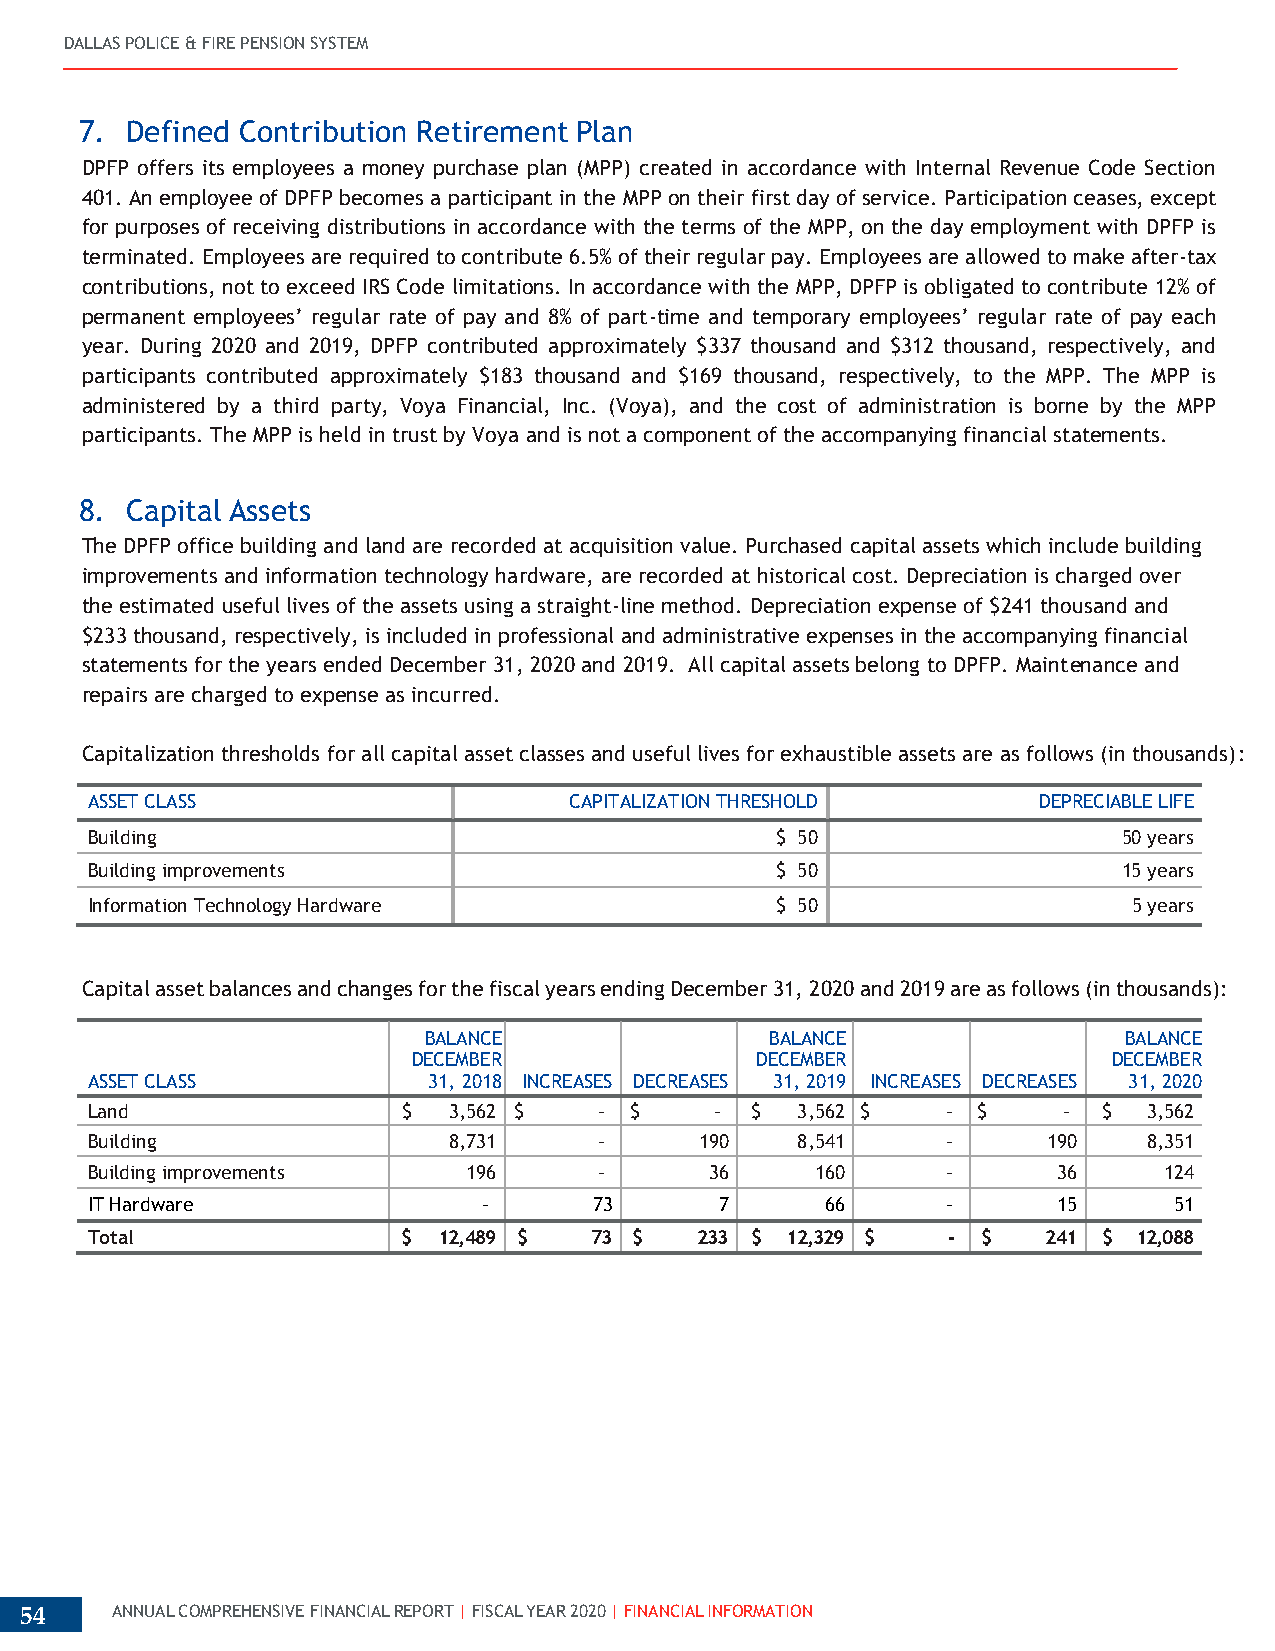
DALLAS POLICE & FIRE PENSION SYSTEM
 7. Defined Contribution Retirement Plan
 DPFP offers its employees a money purchase plan (MPP) created in accordance with Internal Revenue Code Section
 401. An employee of DPFP becomes a participant in the MPP on their first day of service. Participation ceases, except
 for purposes of receiving distributions in accordance with the terms of the MPP, on the day employment with DPFP is
 terminated. Employees are required to contribute 6.5% of their regular pay. Employees are allowed to make after-tax
 contributions, not to exceed IRS Code limitations. In accordance with the MPP, DPFP is obligated to contribute 12% of
 permanent employees’ regular rate of pay and 8% of part-time and temporary employees’ regular rate of pay each
 year. During 2020 and 2019, DPFP contributed approximately $337 thousand and $312 thousand, respectively, and
 participants contributed approximately $183 thousand and $169 thousand, respectively, to the MPP. The MPP is
 administered by a third party, Voya Financial, Inc. (Voya), and the cost of administration is borne by the MPP
 participants. The MPP is held in trust by Voya and is not a component of the accompanying financial statements.
 8. Capital Assets
 The DPFP office building and land are recorded at acquisition value. Purchased capital assets which include building
 improvements and information technology hardware, are recorded at historical cost. Depreciation is charged over
 the estimated useful lives of the assets using a straight-line method. Depreciation expense of $241 thousand and
 $233 thousand, respectively, is included in professional and administrative expenses in the accompanying financial
 statements for the years ended December 31, 2020 and 2019. All capital assets belong to DPFP. Maintenance and
 repairs are charged to expense as incurred.
 Capitalization thresholds for all capital asset classes and useful lives for exhaustible assets are as follows (in thousands):
 ASSET CLASS                     CAPITALIZATION THRESHOLD       DEPRECIABLE LIFE
 Building                                     $ 50                   50 years
 Building improvements                        $ 50                   15 years
 Information Technology Hardware              $ 50                    5 years
 Capital asset balances and changes for the fiscal years ending December 31, 2020 and 2019 are as follows (in thousands):
 BALANCE                BALANCE                BALANCE
 DECEMBER               DECEMBER                DECEMBER
 ASSET CLASS           31, 2018 INCREASES DECREASES 31, 2019 INCREASES DECREASES 31, 2020
 Land                 $  3,562 $   - $    -  $  3,562 $   - $    -  $  3,562
 Building                8,731     -     190    8,541     -     190    8,351
 Building improvements    196      -      36     160      -      36     124
 IT Hardware               -      73       7      66      -      15      51
 Total                $ 12,489 $  73 $   233 $ 12,329 $   - $   241 $ 12,088
 54    ANNUAL COMPREHENSIVE FINANCIAL REPORT | FISCAL YEAR 2020 | FINANCIAL INFORMATION